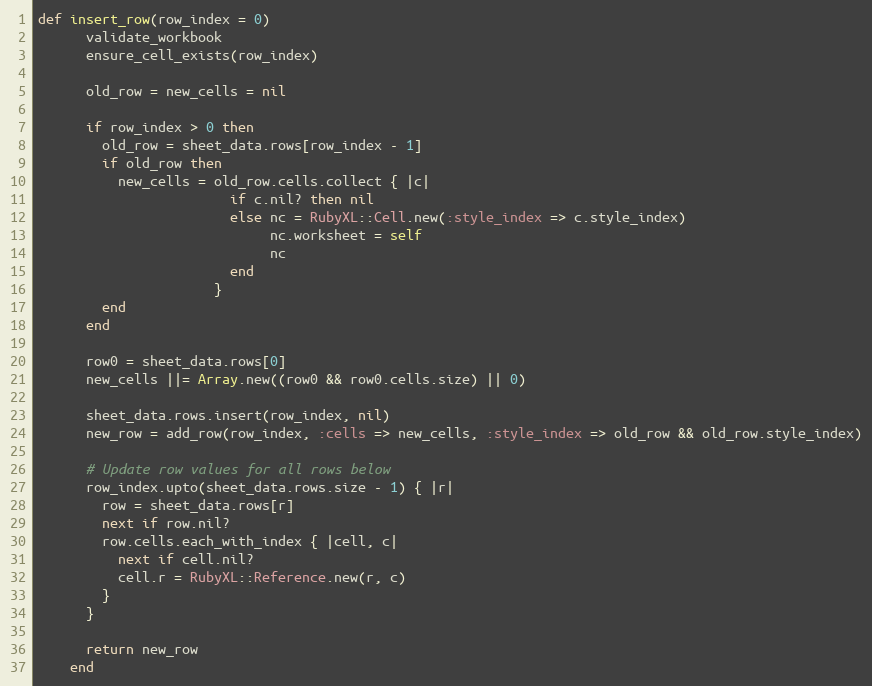
Language: Ruby
def insert_row(row_index = 0)
      validate_workbook
      ensure_cell_exists(row_index)

      old_row = new_cells = nil

      if row_index > 0 then
        old_row = sheet_data.rows[row_index - 1]
        if old_row then
          new_cells = old_row.cells.collect { |c|
                        if c.nil? then nil
                        else nc = RubyXL::Cell.new(:style_index => c.style_index)
                             nc.worksheet = self
                             nc
                        end
                      }
        end
      end

      row0 = sheet_data.rows[0]
      new_cells ||= Array.new((row0 && row0.cells.size) || 0)

      sheet_data.rows.insert(row_index, nil)
      new_row = add_row(row_index, :cells => new_cells, :style_index => old_row && old_row.style_index)

      # Update row values for all rows below
      row_index.upto(sheet_data.rows.size - 1) { |r|
        row = sheet_data.rows[r]
        next if row.nil?
        row.cells.each_with_index { |cell, c|
          next if cell.nil?
          cell.r = RubyXL::Reference.new(r, c)
        }
      }

      return new_row
    end